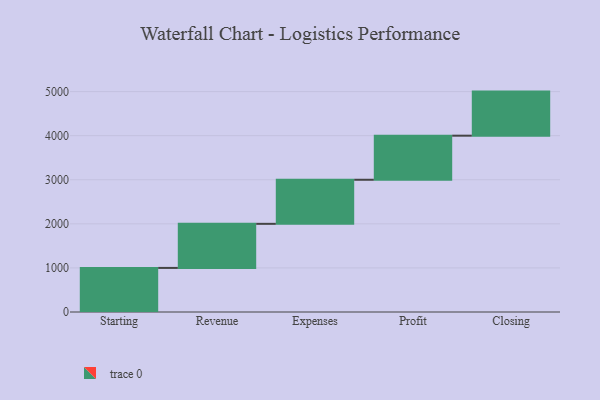
{"axis": {"x": "Step", "y": "Value"}, "legend": [""], "data": [{"x": "Starting", "y": 1000, "type": ""}, {"x": "Revenue", "y": 1000, "type": ""}, {"x": "Expenses", "y": 1000, "type": ""}, {"x": "Profit", "y": 1000, "type": ""}, {"x": "Closing", "y": 1000, "type": ""}]}